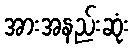
အားအနည်းဆုံး